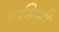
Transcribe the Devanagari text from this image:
डूमिनी